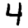
Digit: 4